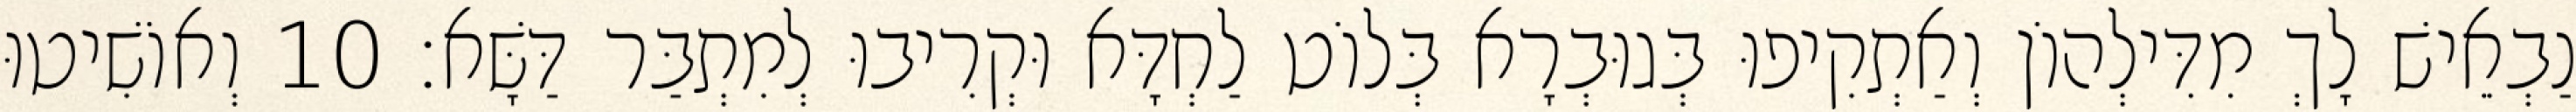
נַבְאֵישׁ לָךְ מִדִּילְהוֹן וְאַתְקִיפוּ בְּגוּבְרָא בְּלוֹט לַחְדָּא וּקְרִיבוּ לְמִתְבַּר דַּשָּׁא׃ 10 וְאוֹשִׁיטוּ